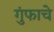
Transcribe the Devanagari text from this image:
गुंफाचे